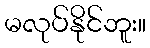
မလုပ်နိုင်ဘူး။